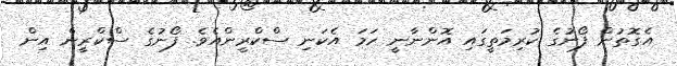
އެގޮތުން ފޯނުގެ ކުރިމަތީގައި އޮންނާނީ ހަމަ އެކަނި ސްކްރީންއެވެ. ފޯނުގެ ސްކްރީން އިން